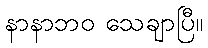
နာနာဘဝ သေချာပြီ။